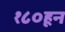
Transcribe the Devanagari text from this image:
१८०हून